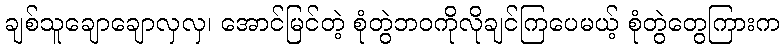
ချစ်သူချောချောလှလှ၊ အောင်မြင်တဲ့ စုံတွဲဘဝကိုလိုချင်ကြပေမယ့် စုံတွဲတွေကြားက